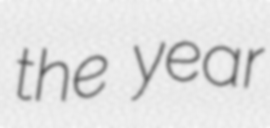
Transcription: the year